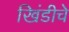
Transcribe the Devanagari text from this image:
खिंडीचे